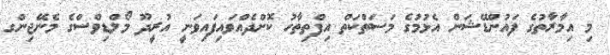
މި އިމާރާތުގެ ފައުންޑޭޝަން އެޅުމުގެ މަސަތްކަތް އިފްތިތާހު ކޮށްދެއްވައިފައިވަނީ އުރީދޫ މޯލްޑިވްސްގެ މެނޭޖިންގ